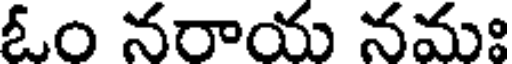
ఓం నరాయ నమః